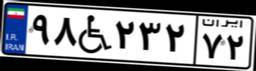
۱۳W۳۹۰۹۹